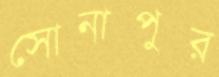
সোনাপুর